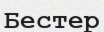
Бестер